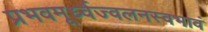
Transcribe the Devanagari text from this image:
प्रभवमूर्ध्वज्वलनस्वभावं